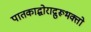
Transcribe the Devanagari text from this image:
पातकाद्घोराद्गुरूभक्तो